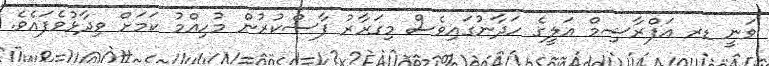
ވަނީ ޑރ އަފްރާޝިމް އަލީގެ ހަދާނުގައިވެސް މިގަރާރު ފާސްކުރުން މުހިއްމު ކަމަށް ވިދާޅުވެފައެވެ.